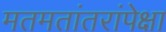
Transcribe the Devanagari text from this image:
मतमतांतरांपेक्षा